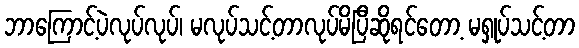
ဘာကြောင့်ပဲလုပ်လုပ်၊ မလုပ်သင့်တာလုပ်မိပြီဆိုရင်တော့ မရှုပ်သင့်တာ